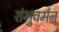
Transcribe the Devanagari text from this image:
शंभुवर्मन